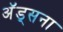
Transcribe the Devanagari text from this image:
अॅड्सना